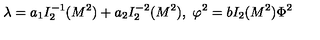
\lambda = a _ { 1 } I _ { 2 } ^ { - 1 } ( M ^ { 2 } ) + a _ { 2 } I _ { 2 } ^ { - 2 } ( M ^ { 2 } ) , \ \varphi ^ { 2 } = b I _ { 2 } ( M ^ { 2 } ) \Phi ^ { 2 }